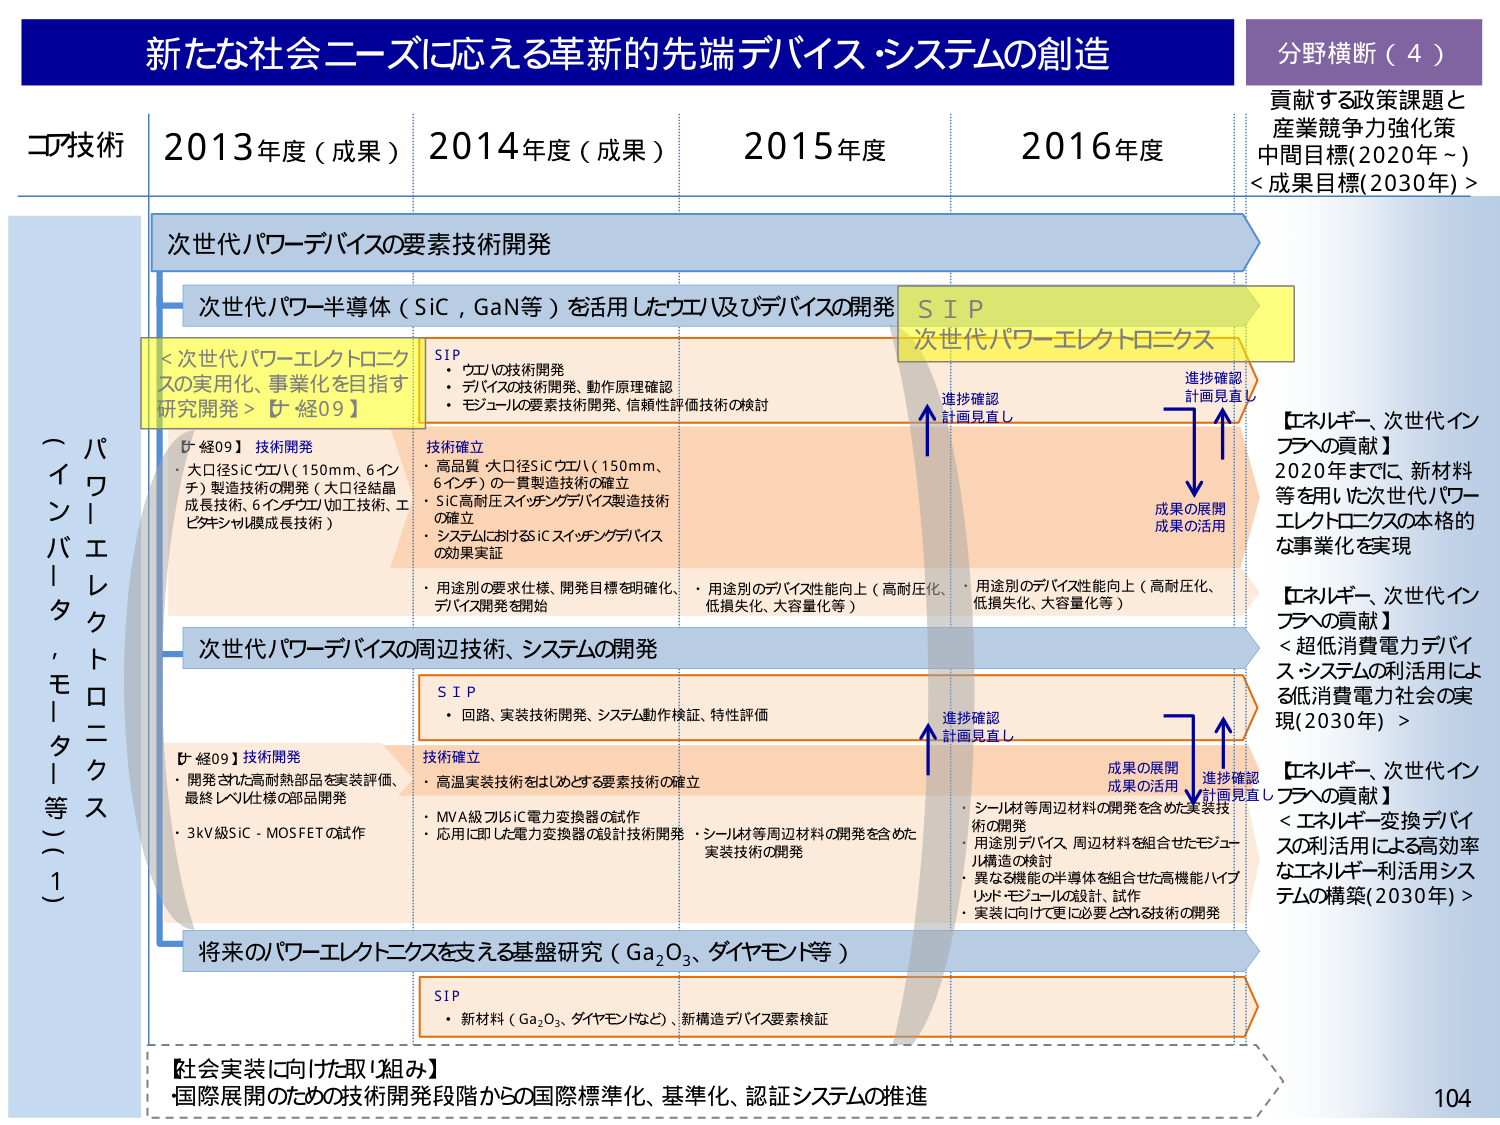
新たな社会ニーズに応える革新的先端デバイス・システムの創造
分野横断（4）
貢献する政策課題と産業競争力強化策
中間目標(2020年～)
<成果目標(2030年)>

コア技術
2013年度（成果）
2014年度（成果）
2015年度
2016年度

次世代パワーデバイスの要素技術開発
次世代パワー半導体（SiC, GaN等）を活用したウエハ及びデバイスの開発
S I P
次世代パワーエレクトロニクス

＜次世代パワーエレクトロニクスの実用化、事業化を目指す研究開発＞【チ経09】
S I P
・ウエハの技術開発
・デバイスの技術開発、動作原理確認
・モジュールの要素技術開発、信頼性評価技術の検討

【チ経09】技術開発
・大口径SiCウエハ（150mm、6インチ）製造技術の開発（大口径結晶成長技術、6インチウエハ加工技術、エピタキシャル膜成長技術）

技術確立
・高品質 大口径SiCウエハ（150mm、6インチ）の一貫製造技術の確立
・SiC高耐圧スイッチングデバイス製造技術の確立
・システムにおけるSiCスイッチングデバイスの効果実証

・用途別の要求仕様、開発目標を明確化、デバイス開発を開始
・用途別のデバイス性能向上（高耐圧化、低損失化、大容量化等）
・用途別のデバイス性能向上（高耐圧化、低損失化、大容量化等）

進捗確認
計画見直し
進捗確認
計画見直し
成果の展開
成果の活用

【エネルギー、次世代インフラへの貢献】
2020年までに、新材料等を用いた次世代パワーエレクトロニクスの本格的な事業化を実現

次世代パワーデバイスの周辺技術、システムの開発
S I P
・回路、実装技術開発、システム動作検証、特性評価

【チ経09】技術開発
・開発された高耐熱部品を実装評価、最終レベル仕様の部品開発
・3kV級SiC-MOSFETの試作

技術確立
・高温実装技術をはじめとする要素技術の確立
・MVA級クリスIC電力変換器の試作
・応用に即した電力変換器の設計技術開発
・シール材等周辺材料の開発を含めた実装技術の開発

・シール材等周辺材料の開発を含めた実装技術の開発
・用途別デバイス 周辺材料を組合せたモジュール構造の検討
・異なる機能の半導体を組合せた高機能ハイブリッド・モジュールの設計、試作
・実装に向けて更に必要とされる技術の開発

進捗確認
計画見直し
成果の展開
成果の活用
進捗確認
計画見直し

【エネルギー、次世代インフラへの貢献】
＜超低消費電力デバイス・システムの開発利用による低消費電力社会の実現(2030年)＞

将来のパワーエレクトロニクスを支える基盤研究（Ga₂O₃、ダイヤモンド等）
S I P
・新材料（Ga₂O₃、ダイヤモンドなど）、新構造デバイス要素検証

【エネルギー、次世代インフラへの貢献】
＜エネルギー変換デバイスの利活用による高効率なエネルギー利活用システムの構築(2030年)＞

【社会実装に向けた取り組み】
・国際展開のための技術開発段階からの国際標準化、基準化、認証システムの推進

パワーエレクトロニクス
（インバータ、モーター等）（1）

104